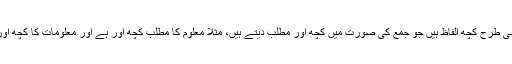
اسی طرح کچھ الفاظ ہیں جو جمع کی صورت میں کچھ اور مطلب دیتے ہیں، مثلاً معلوم کا مطلب کچھ اور ہے اور معلومات کا کچھ اور۔